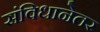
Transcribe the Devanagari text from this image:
संविधानेतर